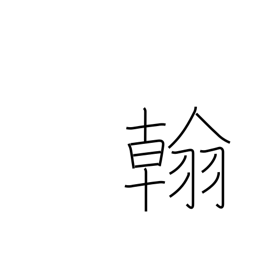
Meaning: letter